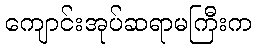
ကျောင်းအုပ်ဆရာမကြီးက